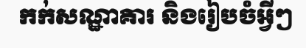
កក់សណ្ឋាគារ និងរៀបចំអ្វីៗ